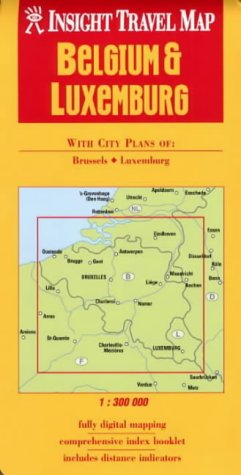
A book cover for Belgium and Luxembourg Insight Travel Map; Travel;